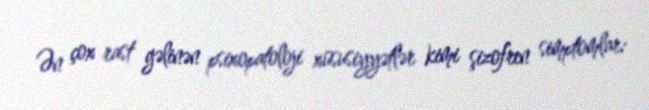
Ən çox rast gəlinən psixopatoloji xüsusiyyətlər kimi şizofren simptomlar: